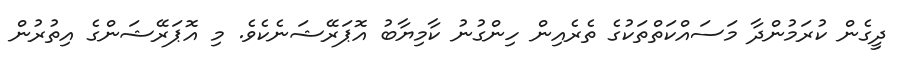
ދީގެން ކުރަމުންދާ މަސައްކަތްތަކުގެ ތެރެއިން ހިންގުނު ކާމިޔާބު އޮޕަރޭޝަނެކެވެ. މި އޮޕަރޭޝަންގެ އިތުރުން